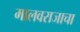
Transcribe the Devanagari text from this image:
मालवराजाचा